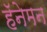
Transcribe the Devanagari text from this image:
हॅनेमन